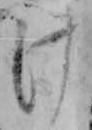
け